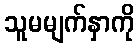
သူမမျက်နှာကို